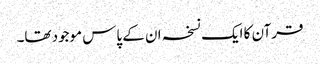
قرآن کا ایک نسخہ ان کے پاس موجود تھا۔